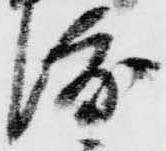
渡